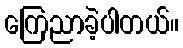
ကြေညာခဲ့ပါတယ်။